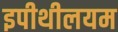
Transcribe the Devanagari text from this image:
इपीथीलयम